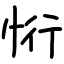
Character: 㤚